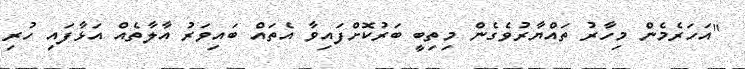
"އަހަރެމެން މިހާރު ތައްޔާރުވެގެން މިތިބީ ބަރުކޮށްފައިވާ އެތައް ބައިވަރު އާލާތެއް އަޅާފައި ހުރި